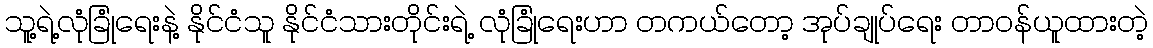
သူ့ရဲ့လုံခြုံရေးနဲ့ နိုင်ငံသူ နိုင်ငံသားတိုင်းရဲ့ လုံခြုံရေးဟာ တကယ်တော့ အုပ်ချုပ်ရေး တာဝန်ယူထားတဲ့